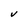
Character: V